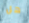
هل